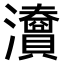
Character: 𤄴